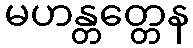
မဟန္တတ္တေန